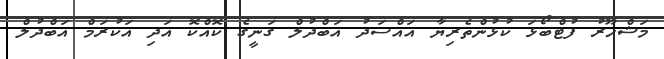
މަޝްހޫރު ފުޓްބޯޅަ ކުޅުންތެރިޔާ އައްސަދު އަބްދުލް ގަނީގެ ކޮއްކޮ އަދި އަކުރަމް އަބްދުލް